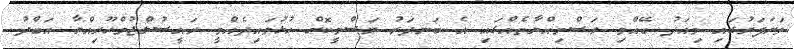
ވަށަފަރުގައި މިއަދު ބޭއްވި ރަސްމިއްޔާތެއްގައި އެ ބަނދަރު ރަސްމީކޮށް ހުޅުވައިދެއްވީ ރައީސުލްޖުމްހޫރިއްޔާ އަބްދު